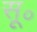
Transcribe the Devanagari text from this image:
सू॰